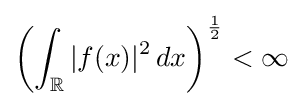
\left(\int _{\mathbb {R} }|f(x)|^{2}\,dx\right)^{\frac {1}{2}}<\infty